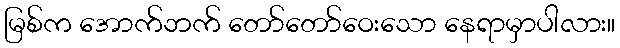
မြစ်က အောက်ဘက် တော်တော်ဝေးသော နေရာမှာပါလား။